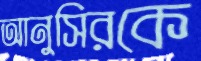
আনুসিরকে